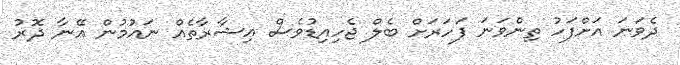
ދެވަނަ އަށްފަހު ތިންވަނަ ފަހަރަށް ބެލް ޖެހިއިޑުވެސް އިޝާރާތެއް ނައުމުން އޭނާ ދޮރު